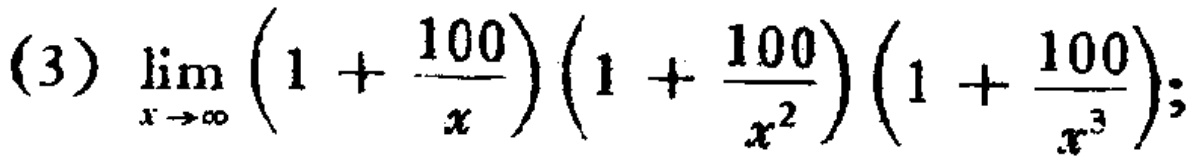
\(\lim_{x \to \infty} \left(1 + \frac{100}{x}\right)\left(1 + \frac{100}{x^{2}}\right)\left(1 + \frac{100}{x^{3}}\right);\)